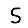
Digit: 5